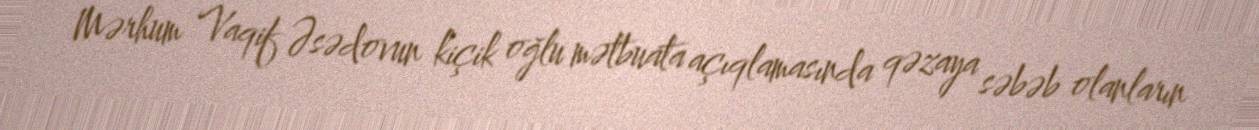
Mərhum Vaqif Əsədovun kiçik oğlu mətbuata açıqlamasında qəzaya səbəb olanların